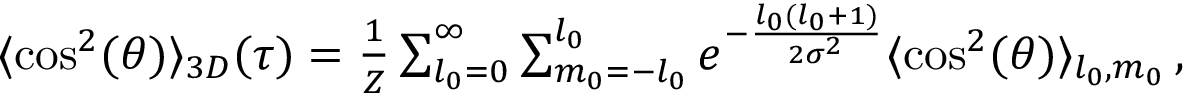
\begin{array} { r } { \langle \cos ^ { 2 } ( \theta ) \rangle _ { 3 D } ( \tau ) = \frac { 1 } { Z } \sum _ { l _ { 0 } = 0 } ^ { \infty } \sum _ { m _ { 0 } = - l _ { 0 } } ^ { l _ { 0 } } e ^ { - \frac { l _ { 0 } ( l _ { 0 } + 1 ) } { 2 \sigma ^ { 2 } } } \langle \cos ^ { 2 } ( \theta ) \rangle _ { l _ { 0 } , m _ { 0 } } \, , } \end{array}